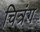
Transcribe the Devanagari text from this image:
चित्रंग